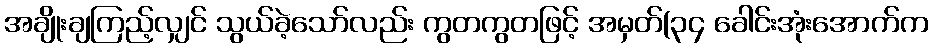
အချိုးချကြည့်လျှင် သွယ်ခဲ့သော်လည်း ကွတကွတဖြင့် အမှတ်(၃၄ ခေါင်းအုံးအောက်က